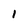
Character: l